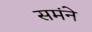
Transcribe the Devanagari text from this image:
समंने